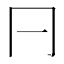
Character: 𠔼